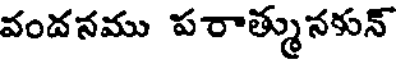
వందనము పరాత్మునకున్